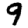
Digit: 9